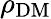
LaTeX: \rho_{\mathrm{DM}}